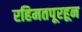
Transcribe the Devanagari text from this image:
रहिमतपूरहून